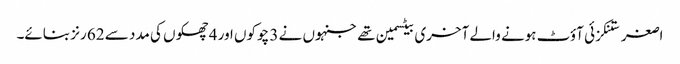
اصغر ستنکزئی آؤٹ ہونے والے آخری بیٹسمین تھے جنہوں نے 3 چوکوں اور 4 چھکوں کی مدد سے 62 رنز بنائے۔